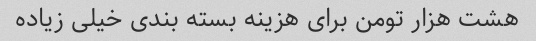
هشت هزار تومن برای هزینه بسته بندی خیلی زیاده